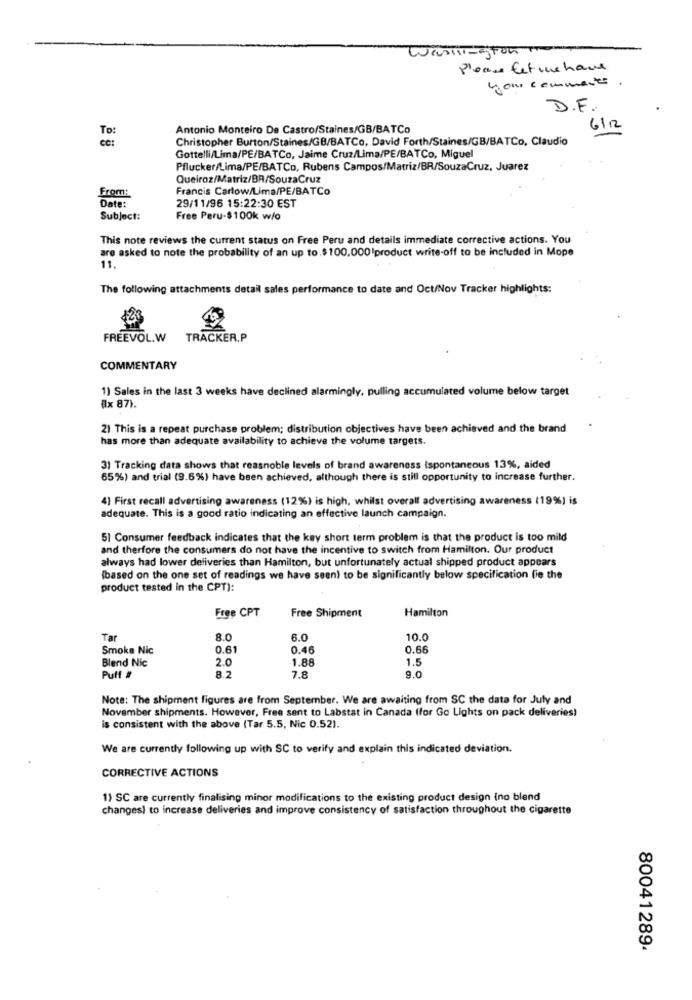
Washington
Please Letinchaue
your comments .
D.F.
To:
Antonio Monteiro De Castro/Staines/GB/BATCo
6/12
ce:
Christopher Burton/Staines/GB/BATCo, David Forth/Staines/GB/BATCo, Claudio
Gottelli/Lima/PE/BATCo, Jaime Cruz/Lima/PE/BATCo, Miguel
Pflucker/Lima/PE/BATCo, Rubens Campos/Matriz/BR/SouzaCruz, Juarez
Queiroz/Matriz/BR/SouzaCruz
From:
Francis Carlow/Lima/PE/BATCo
Date:
29/11/96 15:22:30 EST
Subject:
Free Peru-$100k w/o
This note reviews the current status on Free Peru and details immediate corrective actions. You
are asked to note the probability of an up to.$100.000'product write-off to be included in Mope
11.
The following attachments detail sales performance to date and Oct/Nov Tracker highlights:
FREEVOL.W
TRACKER.P
COMMENTARY
1) Sales in the last 3 weeks have declined alarmingly, pulling accumulated volume below target
(x 87).
21 This is a repeat purchase problem; distribution objectives have been achieved and the brand
has more than adequate availability to achieve the volume targets.
3) Tracking data shows that reasnoble levels of brand awareness ispontaneous 13%, aided
65%) and trial (9.6%) have been achieved, although there is still opportunity to increase further.
4) First recall advertising awareness (12%) is high, whilst overall advertising awareness (19%) is
adequate. This is a good ratio indicating an effective launch campaign.
5| Consumer feedback indicates that the key short term problem is that the product is too mild
and therfore the consumers do not have the incentive to switch from Hamilton. Our product
always had lower deliveries than Hamilton, but unfortunately actual shipped product appears
(based on the one set of readings we have seen) to be significantly below specification fie the
product tested in the CPT):
Free CPT
Free Shipment
Hamilton
Tar
8.0
6.0
10.0
Smoke Nic
0.61
0.46
0.66
Blend Nic
2.0
1.88
1.5
Puff #
8.2
7.8
9.0
Note: The shipment figures are from September. We are awaiting from SC the data for July and
November shipments. However, Free sent to Labstat in Canada (for Go Lights on pack deliveries)
is consistent with the above (Tar 5.5, Nic 0.52).
We are currently following up with SC to verify and explain this indicated deviation.
CORRECTIVE ACTIONS
1) SC are currently finalising minor modifications to the existing product design (no blend
changes) to increase deliveries and improve consistency of satisfaction throughout the cigarette
80041289.